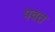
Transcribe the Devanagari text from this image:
पवत